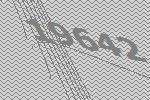
19642